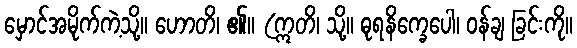
မှောင်အမိုက်ကဲ့သို့။ ဟောတိ၊ ၏။ (ဣတိ၊ သို့။ ဓုရနိက္ခေပေါ၊ ဝန်ချ ခြင်းကို။